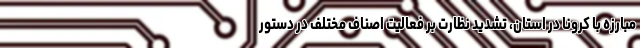
مبارزه با کرونا در استان، تشدید نظارت بر فعالیت اصناف مختلف در دستور